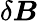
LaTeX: \delta\boldsymbol{B}